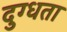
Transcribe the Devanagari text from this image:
दुग्धता